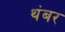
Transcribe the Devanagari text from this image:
थंबर